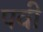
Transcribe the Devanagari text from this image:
पवी